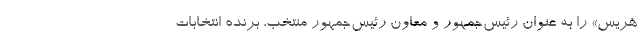
هریس» را به عنوان رئیس‌جمهور و معاون رئیس‌جمهور منتخب، برنده انتخابات